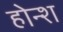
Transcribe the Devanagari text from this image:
होन्श